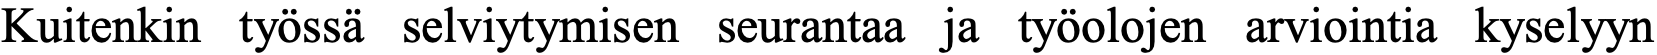
Kuitenkin työssä selviytymisen seurantaa ja työolojen arviointia kyselyyn